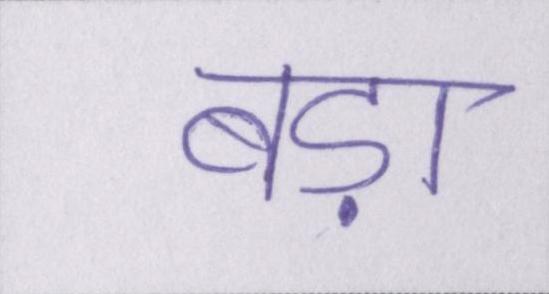
बड़ा